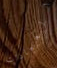
العيادات